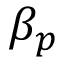
\beta _ { p }